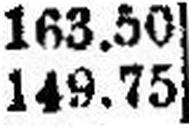
149.75